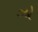
ઝો